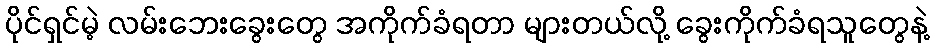
ပိုင်ရှင်မဲ့ လမ်းဘေးခွေးတွေ အကိုက်ခံရတာ များတယ်လို့ ခွေးကိုက်ခံရသူတွေနဲ့